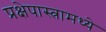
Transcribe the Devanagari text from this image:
प्रक्षेपास्त्रामध्ये